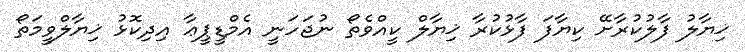
ޚިޔާލު ފާލުކުރާށޭ ކިޔާފަ ފާޅުކުރާ ޚިޔާލް ކީއްވެތޯޯ ނުޖަހަނީ އެމްޑީޕީޢާ އިދިކޮޅު ޚިޔާލްވީމަތޯ